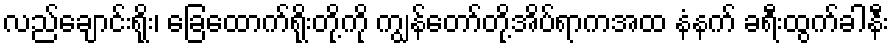
လည်ချောင်းရိုး၊ ခြေထောက်ရိုးတို့ကို ကျွန်တော်တို့အိပ်ရာကအထ နံနက် ခရီးထွက်ခါနီး